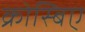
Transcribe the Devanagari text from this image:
क्रोस्बिए